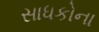
સાધકોના